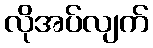
လိုအပ်လျက်